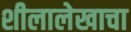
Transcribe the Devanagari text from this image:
शीलालेखाचा